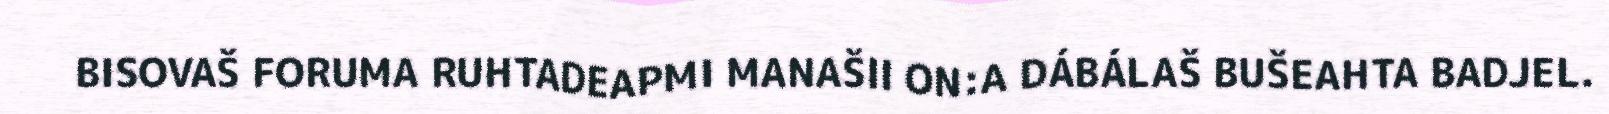
BISOVAŠ FORUMA RUHTADEAPMI MANAŠII ON:A DÁBÁLAŠ BUŠEAHTA BADJEL.